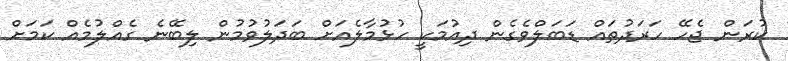
ކުރަން ޖެހޭ ހަރަދުތައް ޑަބަލްވެގެން ދިއުމަކީ ހުޅުމާލެއަށް ބަދަލުވުމުން ލިބޭނެ ގެއްލުމެއް ކަމަށް